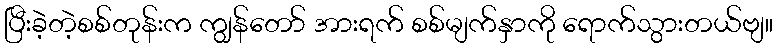
ပြီးခဲ့တဲ့စစ်တုန်းက ကျွန်တော် အားရက် စစ်မျက်နှာကို ရောက်သွားတယ်ဗျ။